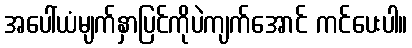
အပေါ်ယံမျက်နှာပြင်ကိုပဲကျက်အောင် ကင်ပေးပါ။